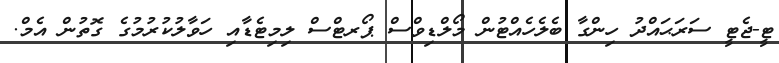
ޓީ-ޖެޓީ ސަރަޙައްދު ހިންގާ ބެލެހެއްޓުން މޯލްޑިވްސް ޕޯރޓްސް ލިމިޓެޑާއި ހަވާލުކުރުމުގެ ގޮތުން އެމް.